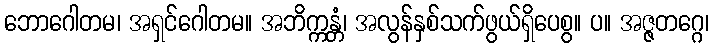
ဘောဂေါတမ၊ အရှင်ဂေါတမ။ အဘိက္ကန္တံ၊ အလွန်နှစ်သက်ဖွယ်ရှိပေစွ။ ပ။ အဇ္ဇတဂ္ဂေ၊